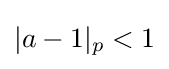
|a-1|_{p}<1